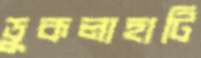
ডুকলাহাটি